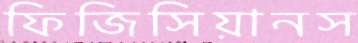
ফিজিসিয়ানস